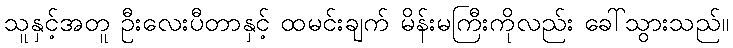
သူနှင့်အတူ ဦးလေးပီတာနှင့် ထမင်းချက် မိန်းမကြီးကိုလည်း ခေါ်သွားသည်။